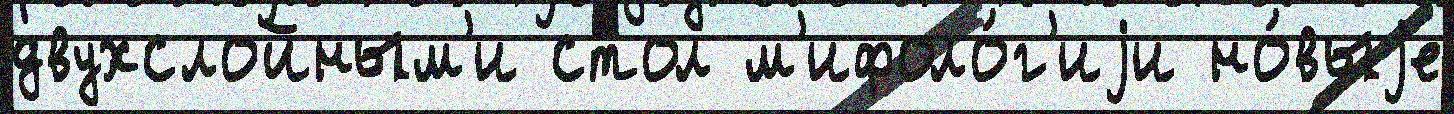
двухслойным'и стол м'ифоло́г'иjи но́выjе